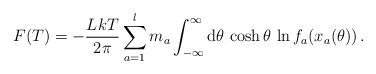
\begin{align*} F(T)=-\frac{LkT}{2\pi } \sum_{a=1}^l m_a \int_{-\infty}^{\infty} {\rm d}\theta \, \cosh \theta \, \ln f_{a} (x_a (\theta)) \, .\end{align*}